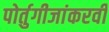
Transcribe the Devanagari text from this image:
पोर्तुगीजांकरवी